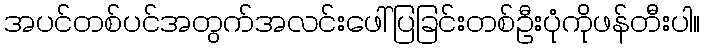
အပင်တစ်ပင်အတွက်အလင်းဖေါ်ပြခြင်းတစ်ဦးပုံကိုဖန်တီးပါ။